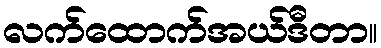
လက်ထောက်အယ်ဒီတာ။